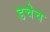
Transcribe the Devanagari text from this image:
डचेच